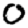
Digit: 0